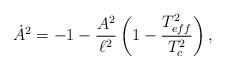
LaTeX: \begin{align*}\dot{A}^2=-1-\frac{A^2}{\ell^2}\left(1-\frac{T_{eff}^2}{T_c^2}\right),\end{align*}